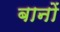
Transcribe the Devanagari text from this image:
बानों